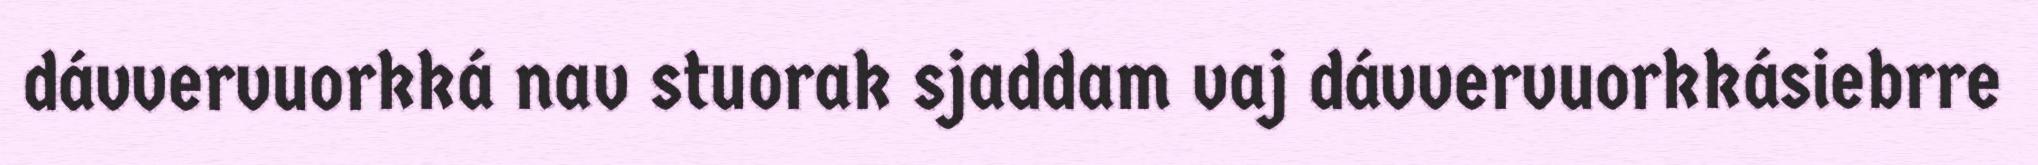
dávvervuorkká nav stuorak sjaddam vaj dávvervuorkkásiebrre